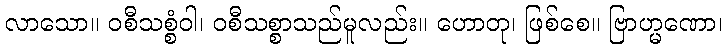
လာသော။ ဝစီသစ္စံဝါ၊ ဝစီသစ္စာသည်မူလည်း။ ဟောတု၊ ဖြစ်စေ။ ဗြာဟ္မဏော၊